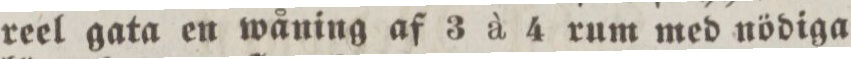
reel gata en wåning af 3 à 4 rum med nödiga